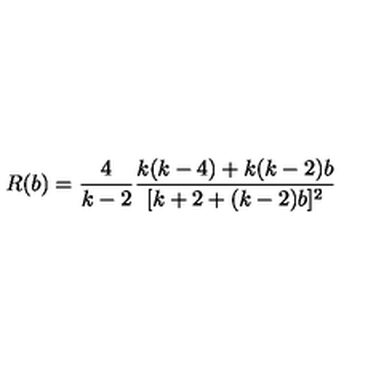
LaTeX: R ( b ) = \frac { 4 } { k - 2 } \frac { k ( k - 4 ) + k ( k - 2 ) b } { [ k + 2 + ( k - 2 ) b ] ^ { 2 } }